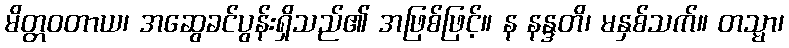
မိတ္တဝတာယ၊ အဆွေခင်ပွန်းရှိသည်၏ အဖြစ်ဖြင့်။ န နန္ဒတိ၊ မနှစ်သက်။ တသ္မာ၊